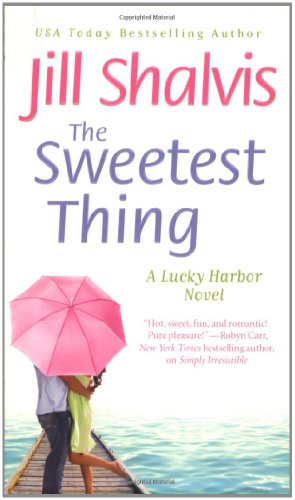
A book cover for The Sweetest Thing (A Lucky Harbor Novel); Jill Shalvis; Literature & Fiction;